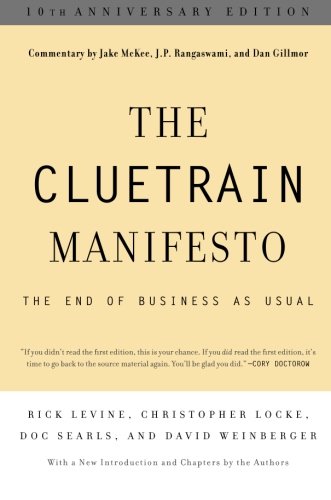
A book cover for The Cluetrain Manifesto: 10th Anniversary Edition; Rick Levine; Computers & Technology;